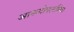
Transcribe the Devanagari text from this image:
आनन्दोपलब्धि।